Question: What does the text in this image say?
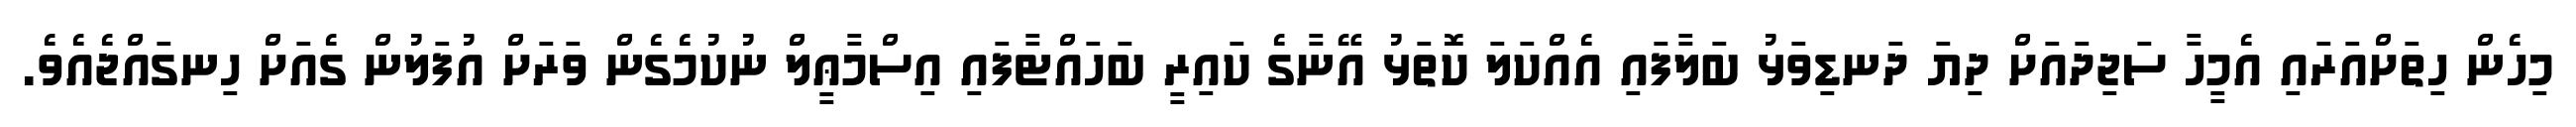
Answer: މިހެން ހިތަށްއަރައި އެމީހާ ސަޖިދައަށް ދިޔަ ދަނޑިވަޅު ބަލާފައި އެއްކަލަ ކޮތަޅު އޭނާގެ ކައިރީ ބަހައްޓާފައި އިސްމާޢީލް ނުކުމެގެން ވަރަށް އުފަލުން ގެއަށް ހިނގައްޖެއެވެ.